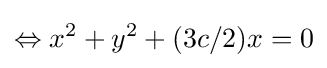
\Leftrightarrow x^{2}+y^{2}+(3c/2)x=0